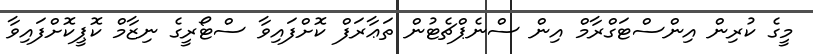
މީގެ ކުރިން އިންސްޓަގްރާމް އިން ސްނެޕްޗެޓުން ތަޢާރަފް ކޮށްފައިވާ ސްޓޯރީގެ ނިޒާމް ކޮޕީކޮށްފައިވާ